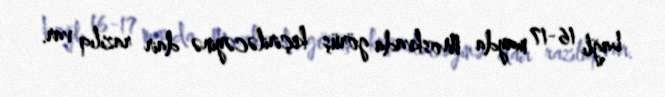
bağlı 16-17 mayda Moskvada görüş keçiriləcəyinə dair razılıq var.